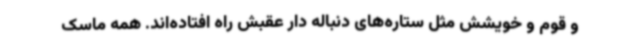
و قوم و خویشش مثل ستاره‌های دنباله دار عقبش راه افتاده‌اند. همه ماسک